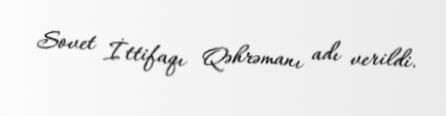
Sovet İttifaqı Qəhrəmanı adı verildi.